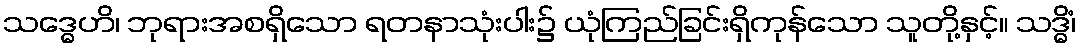
သဒ္ဓေဟိ၊ ဘုရားအစရှိသော ရတနာသုံးပါး၌ ယုံကြည်ခြင်းရှိကုန်သော သူတို့နှင့်။ သဒ္ဓိံ၊